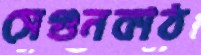
সেগুনকাঠ